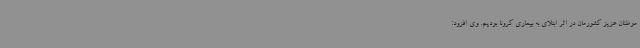
موطنان عزیز کشورمان در اثر ابتلای به بیماری کرونا بودیم. وی افزود: